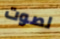
لصوت